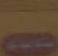
10